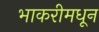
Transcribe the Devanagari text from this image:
भाकरीमधून